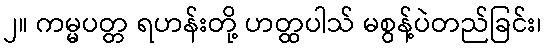
၂။ ကမ္မပတ္တ ရဟန်းတို့ ဟတ္ထပါသ် မစွန့်ပဲတည်ခြင်း၊